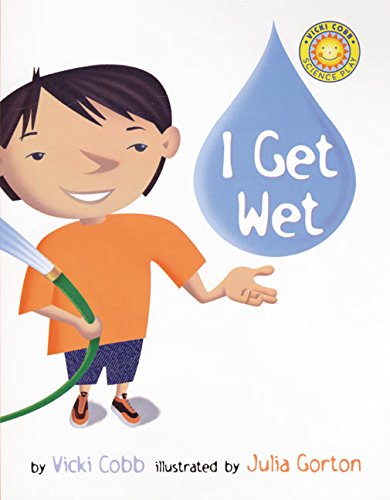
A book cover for I Get Wet (Vicki Cobb Science Play); Vicki Cobb; Science & Math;